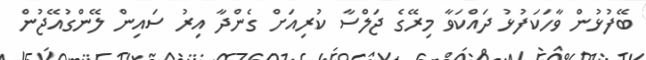
ބޭފުޅުން ވާހަކަފުޅު ދައްކަވާ މިރޭގެ ޖަލްސާ ކުރިއަށް ގެންދާ އިރު ސައިން ލޭންގުއޭޖުން